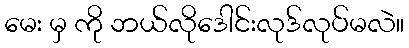
မေး မှ ကို ဘယ်လိုဒေါင်းလုဒ်လုပ်မလဲ။